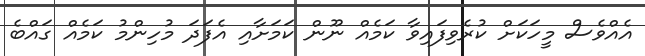
އެއްވެސް މީހަކަށް ކުރެވިފައިވާ ކަމެއް ނޫން ކަމަށާއި އެފަދަ މުހިންމު ކަމެއް ގައްބެ